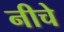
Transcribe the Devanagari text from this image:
नीचे